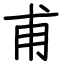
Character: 甫